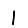
Digit: 1